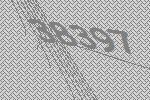
38397